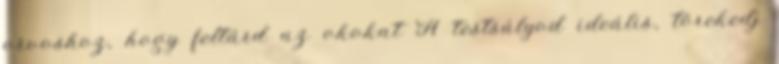
orvoshoz, hogy feltárd az okokat A testsúlyod ideális, törekedj